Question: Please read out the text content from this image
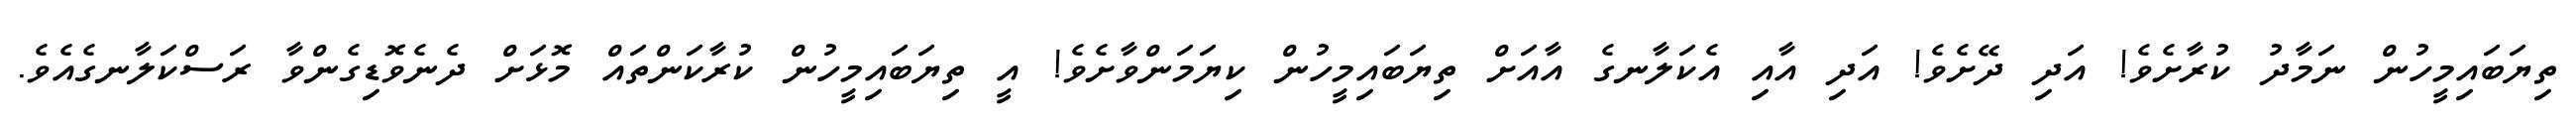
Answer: ތިޔަބައިމީހުން ނަމާދު ކުރާށެވެ! އަދި ދޭށެވެ! އަދި އާއި އެކަލާނގެ އާއަށް ތިޔަބައިމީހުން ކިޔަމަންވާށެވެ! އީ ތިޔަބައިމީހުން ކުރާކަންތައް މޮޅަށް ދެނެވޮޑިގެންވާ ރަސްކަލާނގެއެވެ.